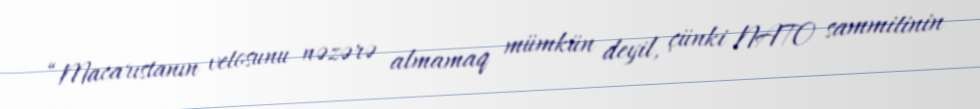
“Macarıstanın vetosunu nəzərə almamaq mümkün deyil, çünki NATO sammitinin